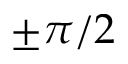
\pm \pi / 2